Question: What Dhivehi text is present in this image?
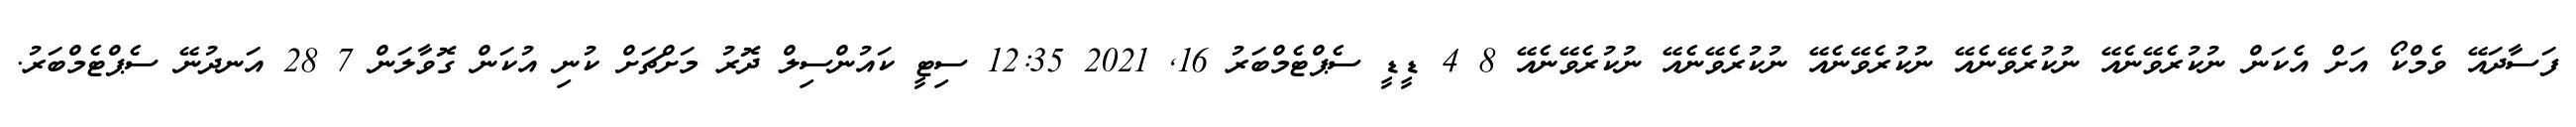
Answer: ފަސާދައޭ ވެމްކޯ އަށް އެކަން ނުކުރެވޭނެއޭ ނުކުރެވޭނެއޭ ނުކުރެވޭނެއޭ ނުކުރެވޭނެއޭ ނުކުރެވޭނެއޭ 8 4 ޑީޑީ ސެޕްޓެމްބަރު 16, 2021 12:35 ސިޓީ ކައުންސިލް ދޮރު މަށްޗަށް ކުނި އުކަން ގޮވާލަން 7 28 އަނދުނޭ ސެޕްޓެމްބަރު.